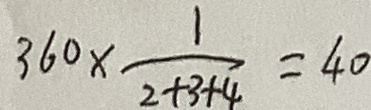
3 6 0 \times \frac { 1 } { 2 + 3 + 4 } = 4 0